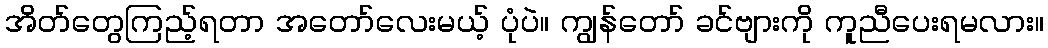
အိတ်တွေကြည့်ရတာ အတော်လေးမယ့် ပုံပဲ။ ကျွန်တော် ခင်ဗျားကို ကူညီပေးရမလား။